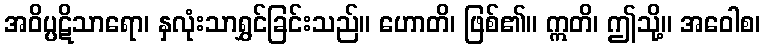
အဝိပ္ပဋိသာရော၊ နှလုံးသာရွှင်ခြင်းသည်။ ဟောတိ၊ ဖြစ်၏။ ဣတိ၊ ဤသို့။ အဝေါစ၊